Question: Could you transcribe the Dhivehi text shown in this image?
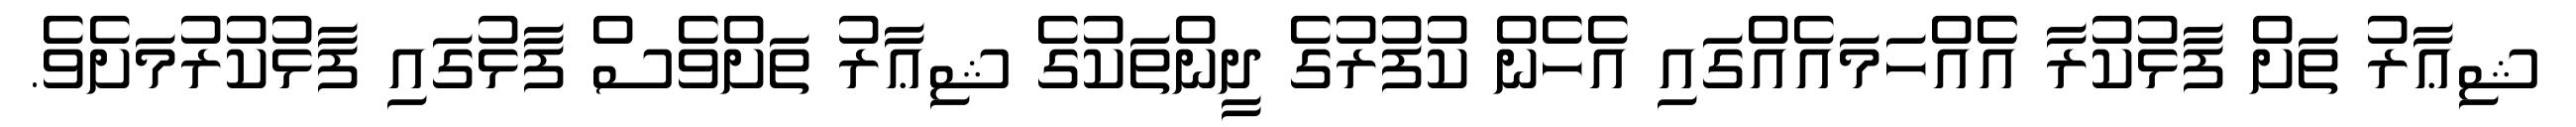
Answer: ޝިޢާރު ތަށް ފާޅުކުރާ އެެއްހަމައެއްގައި އެހެން ކުފުރުގެ ދީންތަކުގެ ޝިޢާރު ތަށްވެސް ފާޅުގައި ފާޅުކުރުމަށެވެ.